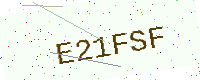
Text: E21FSF